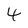
Character: 4